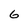
Character: 6